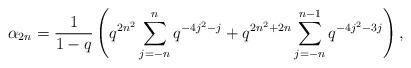
LaTeX: \begin{align*} \alpha_{2n} = \frac{1}{1-q}\left(q^{2n^2}\sum_{j=-n}^{n}q^{-4j^2-j} + q^{2n^2+2n}\sum_{j=-n}^{n-1}q^{-4j^2-3j}\right), \end{align*}